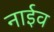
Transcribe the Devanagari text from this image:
नाईव